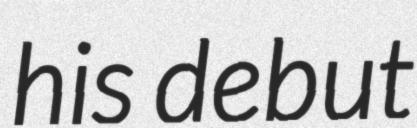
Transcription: his debut